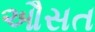
ઔસત